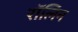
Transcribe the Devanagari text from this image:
रॉलिन